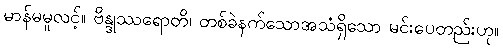
မာန်မမူလင့်။ ဗိန္ဒုဿရောတိ၊ တစ်ခဲနက်သောအသံရှိသော မင်းပေတည်းဟု။